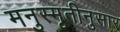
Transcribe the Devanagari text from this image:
मनुस्मृतीनुसार